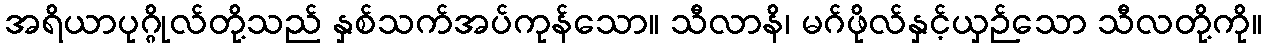
အရိယာပုဂ္ဂိုလ်တို့သည် နှစ်သက်အပ်ကုန်သော။ သီလာနိ၊ မဂ်ဖိုလ်နှင့်ယှဉ်သော သီလတို့ကို။